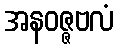
အနဝဇ္ဇဗလံ